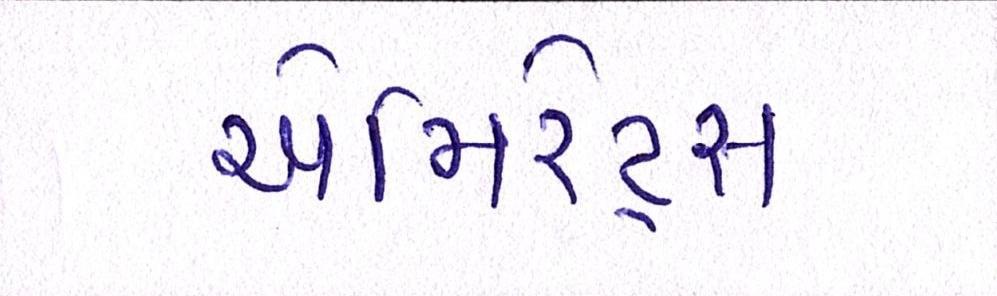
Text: એમિરેટ્સ